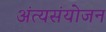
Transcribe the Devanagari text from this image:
अंत्यसंयोजन